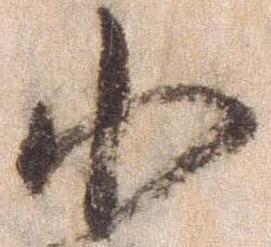
小